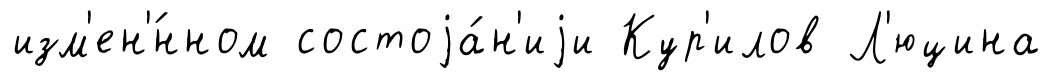
изм'ен'́нном состоjа́н'иjи Кур'илов Л'юцина